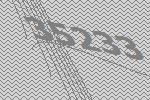
35233